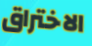
الاختراق